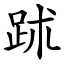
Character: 䟣